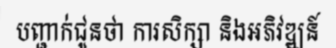
បញ្ជាក់ជូនថា ការសិក្សា និងអភិវឌ្ឍន៍